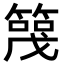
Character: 𬕪